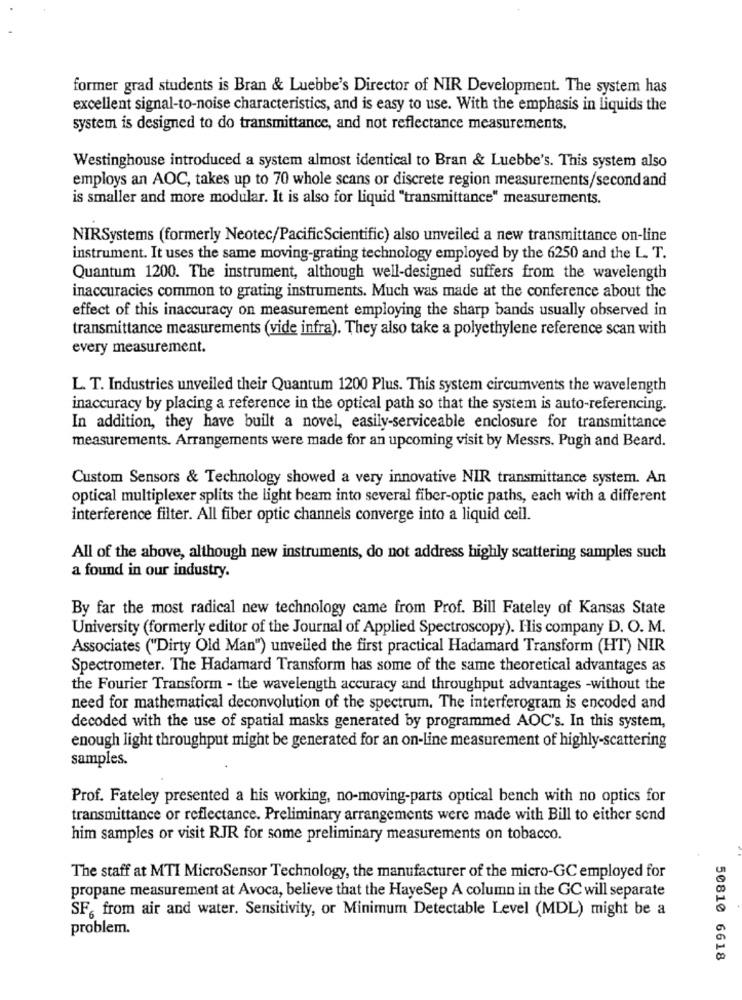
former grad students is Bran & Luebbe's Director of NIR Development. The system has
excellent signal-to-noise characteristics, and is easy to use. With the emphasis in liquids the
system is designed to do transmittance, and not reflectance measurements.
Westinghouse introduced a system almost identical to Bran & Luebbe's. This system also
employs an AOC, takes up to 70 whole scans or discrete region measurements/secondand
is smaller and more modular. It is also for liquid "transmittance" measurements.
NIRSystems (formerly Neotec/PacificScientific) also unveiled a new transmittance on-line
instrument. It uses the same moving-grating technology employed by the 6250 and the L. T.
Quantum 1200. The instrument, although well-designed suffers from the wavelength
inaccuracies common to grating instruments. Much was made at the conference about the
effect of this inaccuracy on measurement employing the sharp bands usually observed in
transmittance measurements (vide infra). They also take a polyethylene reference scan with
every measurement.
L. T. Industries unveiled their Quantum 1200 Plus. This system circumvents the wavelength
inaccuracy by placing a reference in the optical path so that the system is auto-referencing.
In addition, they have built a novel, easily-serviceable enclosure for transmittance
measurements. Arrangements were made for an upcoming visit by Messrs. Pugh and Beard.
Custom Sensors & Technology showed a very innovative NIR transmittance system. An
optical multiplexer splits the light beam into several fiber-optic paths, each with a different
interference filter. All fiber optic channels converge into a liquid ceil.
All of the above, although new instruments, do not address highly scattering samples such
a found in our industry.
By far the most radical new technology came from Prof. Bill Fateley of Kansas State
University (formerly editor of the Journal of Applied Spectroscopy). His company D. O. M.
Associates ("Dirty Old Man") unveiled the first practical Hadamard Transform (HT) NIR
Spectrometer. The Hadamard Transform has some of the same theoretical advantages as
the Fourier Transform - the wavelength accuracy and throughput advantages -without the
need for mathematical deconvolution of the spectrum. The interferogram is encoded and
decoded with the use of spatial masks generated by programmed AOC's. In this system,
enough light throughput might be generated for an on-line measurement of highly-scattering
samples.
Prof. Fateley presented a his working, no-moving-parts optical bench with no optics for
transmittance or reflectance. Preliminary arrangements were made with Bill to either send
him samples or visit RJR for some preliminary measurements on tobacco.
The staff at MTI MicroSensor Technology, the manufacturer of the micro-GC employed for
propane measurement at Avoca, believe that the HayeSep A column in the GC will separate
SF, from air and water. Sensitivity, or Minimum Detectable Level (MDL) might be a
problem.
50810 6618